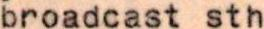
broadcast sth